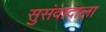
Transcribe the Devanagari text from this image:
सुसंवादाला